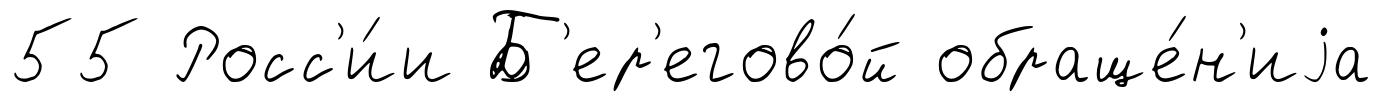
55 Росс'и́и Б'ер'егово́й обраще́н'иjа